Malaria in the Duars
Disease focus: Malaria
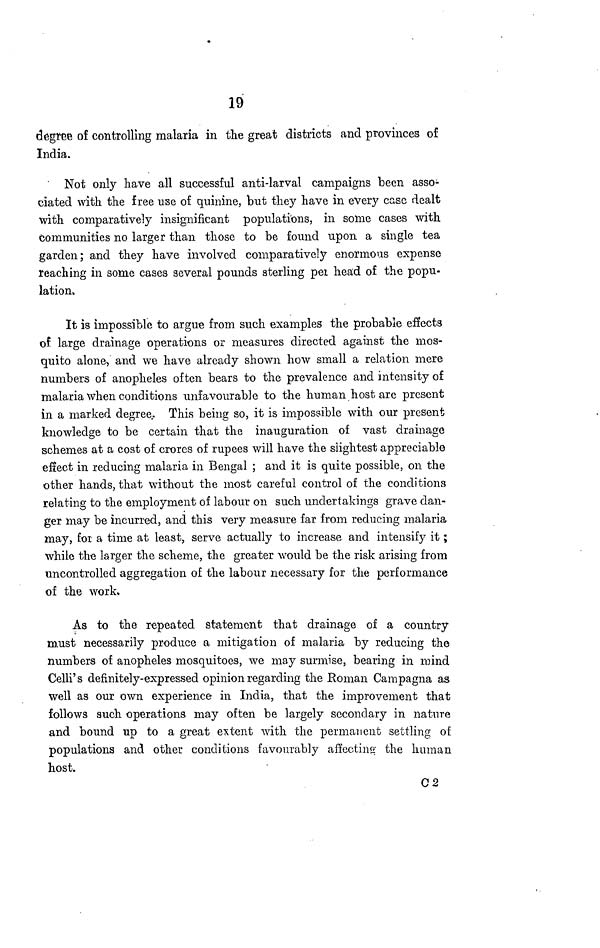
19
degree of controlling malaria in the great districts and provinces of
India.
Not only have all successful anti-larval campaigns been asso-
ciated with the free use of quinine, but they have in every case dealt
with comparatively insignificant populations, in some cases with
communities no larger than those to be found upon a single tea
garden; and they have involved comparatively enormous expense
reaching in some cases several pounds sterling pel head of the popu-
lation.
It is impossible to argue from such examples the probable effects
of large drainage operations or measures directed against the mos-
quito alone, and we have already shown how small a relation mere
numbers of anopheles often bears to the prevalence and intensity of
malaria when conditions unfavourable to the human host are present
in a marked degree.. This being so, it is impossible with our present
knowledge to be certain that the inauguration of vast drainage
schemes at a cost of crores of rupees will have the slightest appreciable
effect in reducing malaria in Bengal ; and it is quite possible, on the
other hands, that without the most careful control of the conditions
relating to the employment of labour on such undertakings grave dan-
ger may be incurred, and this very measure far from reducing malaria
may, for a time at least, serve actually to increase and intensify it;
while the larger the scheme, the greater would be the risk arising from
uncontrolled aggregation of the labour necessary for the performance
of the work.
As to the repeated statement that drainage of a country
must necessarily produce a mitigation of malaria by reducing the
numbers of anopheles mosquitoes, we may surmise, bearing in mind
Celli's definitely-expressed opinion regarding the Roman Campagna as
well as our own experience in India, that the improvement that
follows such operations may often be largely secondary in nature
and bound up to a great extent with the permanent settling of
populations and other conditions favourably affecting the human
host.
C2